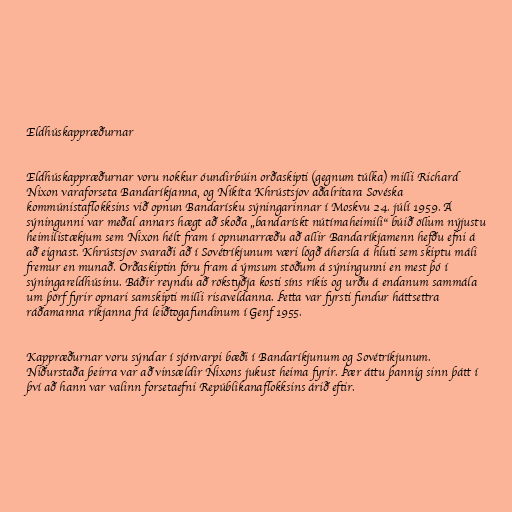
Eldhúskappræðurnar

Eldhúskappræðurnar voru nokkur óundirbúin orðaskipti (gegnum túlka) milli Richard
Nixon varaforseta Bandaríkjanna, og Níkíta Khrústsjov aðalritara Sovéska
kommúnistaflokksins við opnun Bandarísku sýningarinnar í Moskvu 24. júlí 1959. Á
sýningunni var meðal annars hægt að skoða „bandarískt nútímaheimili“ búið öllum nýjustu
heimilistækjum sem Nixon hélt fram í opnunarræðu að allir Bandaríkjamenn hefðu efni á
að eignast. Khrústsjov svaraði að í Sovétríkjunum væri lögð áhersla á hluti sem skiptu máli
fremur en munað. Orðaskiptin fóru fram á ýmsum stöðum á sýningunni en mest þó í
sýningareldhúsinu. Báðir reyndu að rökstyðja kosti síns ríkis og urðu á endanum sammála
um þörf fyrir opnari samskipti milli risaveldanna. Þetta var fyrsti fundur háttsettra
ráðamanna ríkjanna frá leiðtogafundinum í Genf 1955.

Kappræðurnar voru sýndar í sjónvarpi bæði í Bandaríkjunum og Sovétríkjunum.
Niðurstaða þeirra var að vinsældir Nixons jukust heima fyrir. Þær áttu þannig sinn þátt í
því að hann var valinn forsetaefni Repúblikanaflokksins árið eftir.